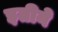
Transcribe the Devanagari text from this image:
इतीने